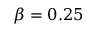
\beta = 0 . 2 5